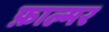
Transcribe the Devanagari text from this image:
फ़ाल्मर